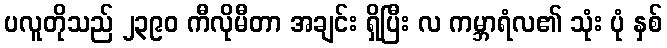
ပလူတိုသည် ၂၃၉၀ ကီလိုမီတာ အချင်း ရှိပြီး လ ကမ္ဘာရံလ၏ သုံး ပုံ နှစ်